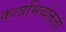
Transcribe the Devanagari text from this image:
कलाभिर्व्यक्ततां